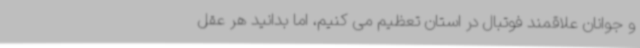
و جوانان علاقمند فوتبال در استان تعظیم می کنیم، اما بدانید هر عقل